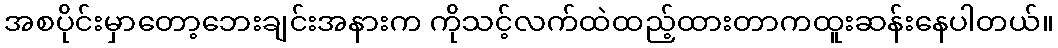
အစပိုင်းမှာတော့ဘေးချင်းအနားက ကိုသင့်လက်ထဲထည့်ထားတာကထူးဆန်းနေပါတယ်။